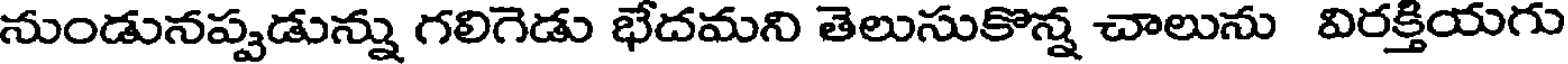
నుండునప్పడున్ను గలిగెడు భేదమని తెలుసుకొన్న చాలును విరక్తియగు